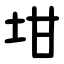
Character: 坩